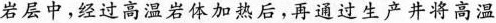
岩层中，经过高温岩体加热后，再通过生产井将高温